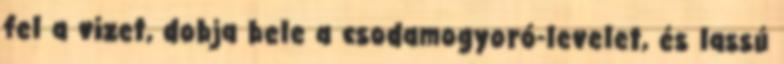
fel a vizet, dobja bele a csodamogyoró-levelet, és lassú